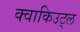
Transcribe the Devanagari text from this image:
क्वाकिउट्ल